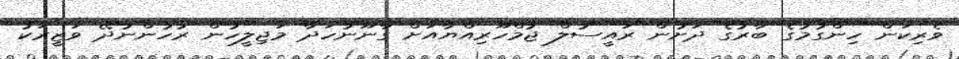
ވެރިކަން ހިންގުމުގެ ބާރުގެ ދަށުން ރައީސުލް ޖުމްހޫރިއްޔާއަށް ގާނޫނުހަދާ މަޖިލީހުން ރުހުންނުދޭ ވަޒީރަކު